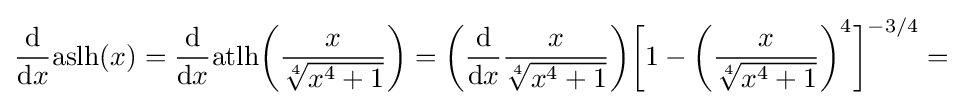
{\frac {\mathrm {d} }{\mathrm {d} x}}{\text{aslh}}(x)={\frac {\mathrm {d} }{\mathrm {d} x}}{\text{atlh}}{\biggl (}{\frac {x}{\sqrt[{4}]{x^{4}+1}}}{\biggr )}={\biggl (}{\frac {\mathrm {d} }{\mathrm {d} x}}{\frac {x}{\sqrt[{4}]{x^{4}+1}}}{\biggr )}{\biggl [}1-{\biggl (}{\frac {x}{\sqrt[{4}]{x^{4}+1}}}{\biggr )}^{4}{\biggr ]}^{-3/4}=